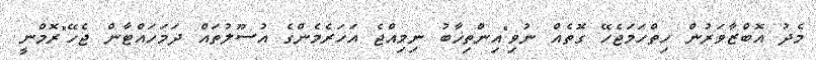
މެދު އޮބްޒާވަރުން ހިތްހަމަޖެހޭ ގޮތެއް ނުވި"އިންތިޚާބު ނިމިއްޖެ އަހަރެމެންގެ އުސޫލުތައް ދަމަހައްޓާން ޖެހޭ"ރޮމްނީ